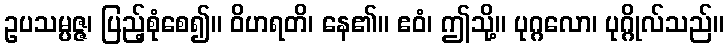
ဥပသမ္ပဇ္ဇ၊ ပြည့်စုံစေ၍။ ဝိဟရတိ၊ နေ၏။ ဧဝံ၊ ဤသို့။ ပုဂ္ဂလော၊ ပုဂ္ဂိုလ်သည်။